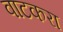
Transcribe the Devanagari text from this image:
वाटकरा